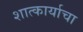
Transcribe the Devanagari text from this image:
शात्कार्याचा